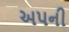
અપની